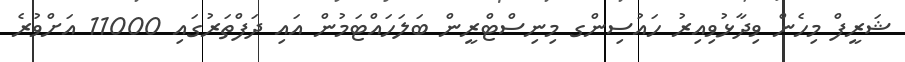
ޝަރީފް މިހެން ވިދާޅުވިއިރު ހައުސިންގ މިނިސްޓްރީން ބަލަހައްޓަމުން އައި ދަފްތަރުގައި 11000 އަށްވުރެ